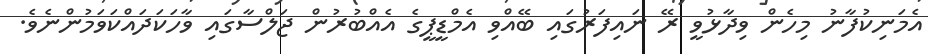
އެމަނިކުފާނު މިހެން ވިދާޅުވީ ރޭ ނައިފަރުގައި ބޭއްވި އެމްޑީޕީގެ އެއްބުރުން ޖަލްސާގައި ވާހަކަދައްކަވަމުންނެވެ.